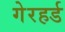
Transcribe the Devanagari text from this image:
गेरहर्ड